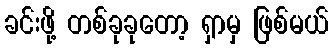
ခင်းဖို့ တစ်ခုခုတော့ ရှာမှ ဖြစ်မယ်